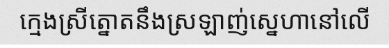
ក្មេងស្រីត្នោតនឹងស្រឡាញ់ស្នេហានៅលើ